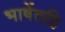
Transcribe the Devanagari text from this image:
भाषेंतहि